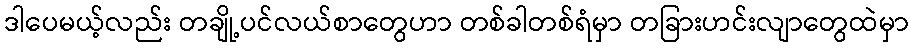
ဒါပေမယ့်လည်း တချို့ပင်လယ်စာတွေဟာ တစ်ခါတစ်ရံမှာ တခြားဟင်းလျာတွေထဲမှာ